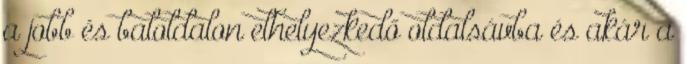
a jobb és baloldalon elhelyezkedő oldalsávba és akár a